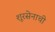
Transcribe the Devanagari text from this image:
शूरसेनाची